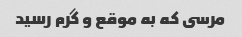
مرسى که به موقع و گرم رسید